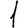
Digit: 1